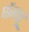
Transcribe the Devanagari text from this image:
घोंगावू